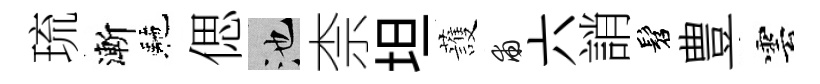
琉漸駰偲池柰坦䕶甫六誚髫豊雲